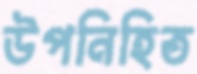
উপনিহিত